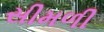
સીમળી